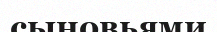
сыновьями